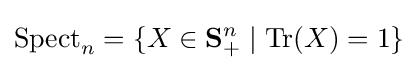
\mathrm {Spect} _{n}=\{X\in \mathbf {S} _{+}^{n}\mid \operatorname {Tr} (X)=1\}